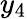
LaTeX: y_{4}